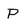
Character: P